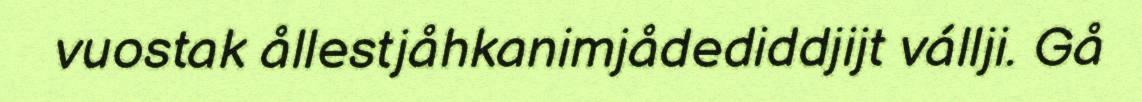
vuostak ållestjåhkanimjådediddjijt vállji. Gå